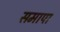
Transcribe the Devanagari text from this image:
समापा